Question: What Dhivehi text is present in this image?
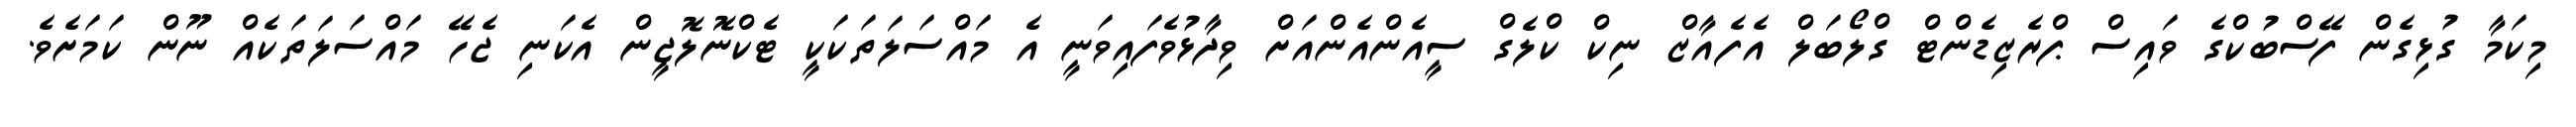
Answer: މިކަމާ ގުޅިގެން ފޭސްބުކްގެ ވައިސް ޕްރެޒިޑެންޓް ގްލޯބަލް އެފެއާޒް ނިކް ކްލެގް ސީއެންއެންއަށް ވިދާޅުވެފައިވަނީ އެ މައްސަލަތަކަކީ ޓެކްނޮލޮޖީން އެކަނި ޖެހޭ މައްސަލަތަކެއް ނޫން ކަމަށެވެ.